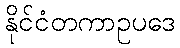
နိုင်ငံတကာဥပဒေ